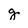
Character: g